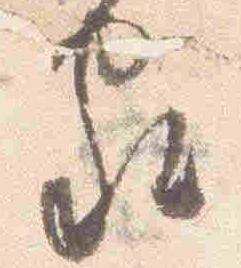
家